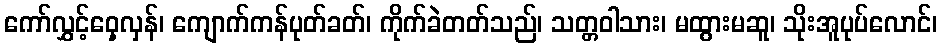
ကော်လွှင့်ဝှေ့လှန်၊ ကျောက်ကန်ပုတ်ခတ်၊ ကိုက်ခဲတတ်သည်၊ သတ္တဝါသား၊ မထွားမဆူ၊ သိုးအူပုပ်လောင်၊